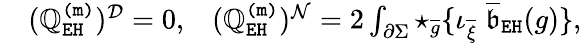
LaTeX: \begin{array}{rlr}&{(\mathbb{Q}_{\mathtt{EH}}^{\mathtt{(m)}})^{\mathcal{D}}=0,}&{(\mathbb{Q}_{\mathtt{EH}}^{\mathtt{(m)}})^{\mathcal{N}}=2\int_{\partial\Sigma}\star_{\overline{{g}}}\{ \iota_{\overline{{\xi}}}\; \mathfrak{\overline{{b}}}_{\mathtt{EH}}(g)\} ,}\end{array}